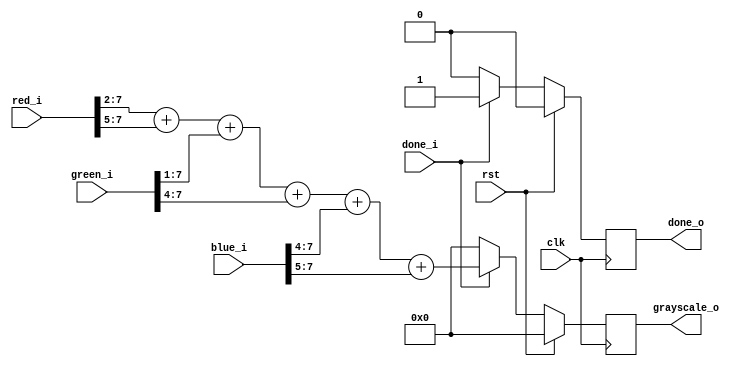
module rgb_to_grayscale(
    input clk,
    input rst,

    input [7:0] red_i,
    input [7:0] green_i,
    input [7:0] blue_i,

    input done_i,

    output reg [7:0] grayscale_o,
    output reg done_o
);
    always @(posedge clk) begin
        if (rst) begin
            grayscale_o     <= 0;
            done_o          <= 0;
        end else begin
            if (done_i) begin
                grayscale_o <=  (red_i >> 2)   + (red_i >> 5)   + 
                                (green_i >> 1) + (green_i >> 4) +
                                (blue_i >> 4)  + (blue_i >> 5);
                done_o  <= 1'b1;
            end else begin
                grayscale_o <= 0;
                done_o      <= 0;
            end
        end
    end
endmodule